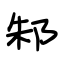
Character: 邾